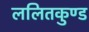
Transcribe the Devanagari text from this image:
ललितकुण्ड